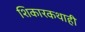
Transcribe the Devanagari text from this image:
शिकारकथाही